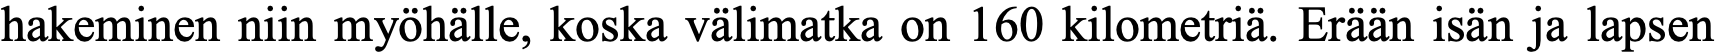
hakeminen niin myöhälle, koska välimatka on 160 kilometriä. Erään isän ja lapsen